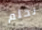
نحلم